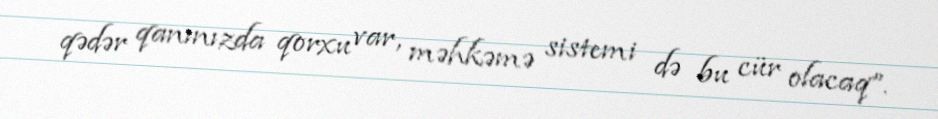
qədər qanınızda qorxu var, məhkəmə sistemi də bu cür olacaq”.